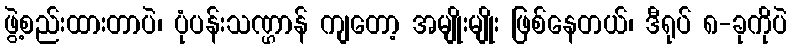
ဖွဲ့စည်းထားတာပဲ၊ ပုံပန်းသဏ္ဌာန် ကျတော့ အမျိုးမျိုး ဖြစ်နေတယ်၊ ဒီရုပ် ၈-ခုကိုပဲ